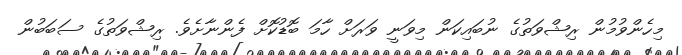
މިހެންވުމުން ރިޝްވަތުގެ ނުބައިކަން މިވަނީ ވަރަށް ހާމަ ބޮޑުކޮށް ފެންނާށެވެ. ރިޝްވަތުގެ ސަބަބުން